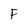
Character: F